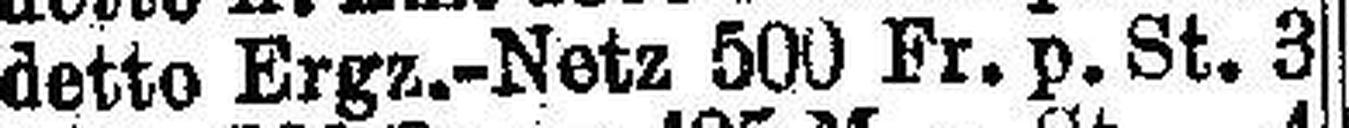
detto Ergz.-Netz 500 Fr. p. St. 3